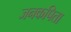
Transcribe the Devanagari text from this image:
जनकपिता